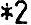
*2